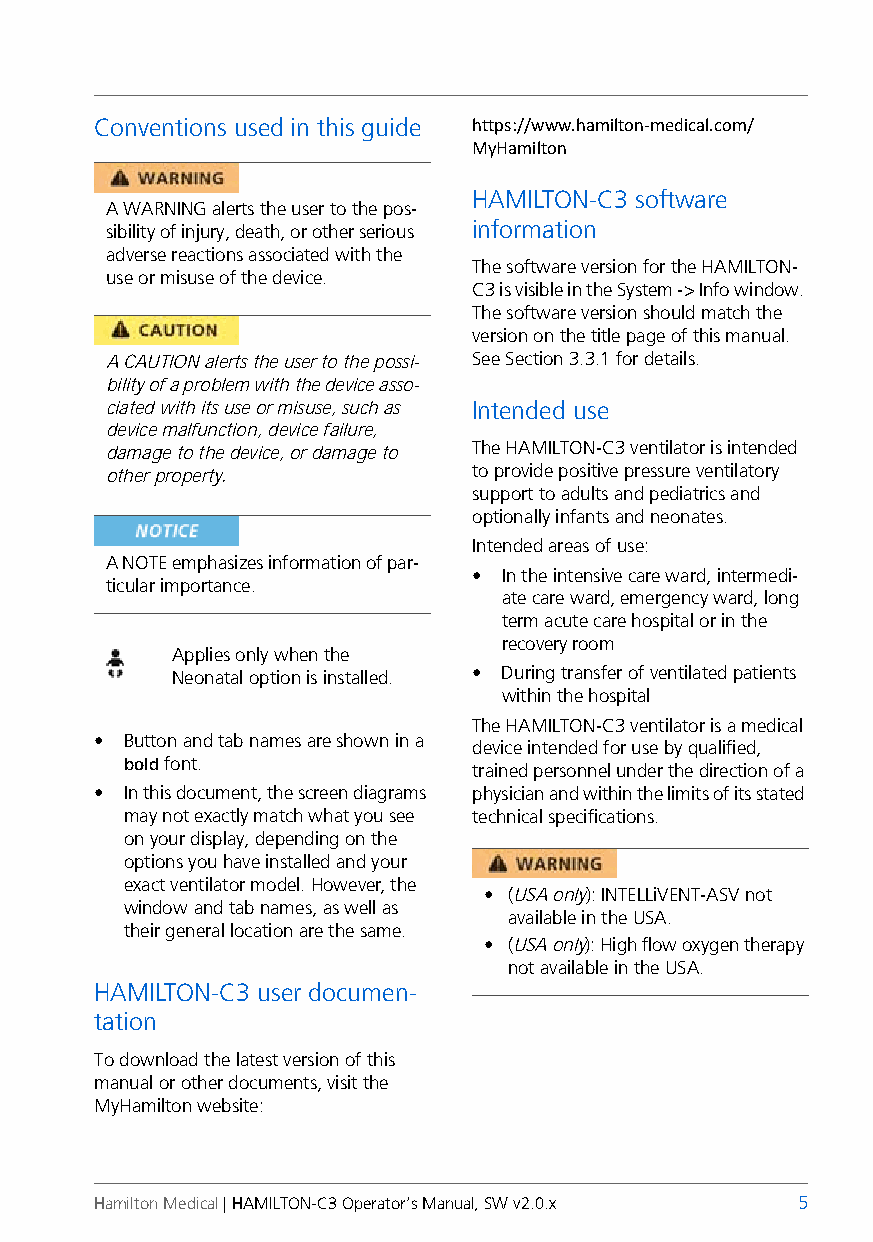
Preface
 Conventions used in this guide https://www.hamilton-medical.com/
 MyHamilton
 HAMILTON-C3 software
 A WARNING alerts the user to the pos-
 sibility of injury, death, or other serious information
 adverse reactions associated with the
 The software version for the HAMILTON-
 use or misuse of the device.
 C3 is visible in the System -> Info window.
 The software version should match the
 version on the title page of this manual.
 A CAUTION alerts the user to the possi- See Section 3.3.1 for details.
 bility of a problem with the device asso-
 ciated with its use or misuse, such as Intended use
 device malfunction, device failure,
 damage to the device, or damage to The HAMILTON-C3 ventilator is intended
 other property.         to provide positive pressure ventilatory
 support to adults and pediatrics and
 optionally infants and neonates.
 Intended areas of use:
 A NOTE emphasizes information of par-
 • In the intensive care ward, intermedi-
 ticular importance.
 ate care ward, emergency ward, long
 term acute care hospital or in the
 recovery room
 Applies only when the
 Neonatal option is installed. • During transfer of ventilated patients
 within the hospital
 The HAMILTON-C3 ventilator is a medical
 • Button and tab names are shown in a
 device intended for use by qualified,
 bold font.             trained personnel under the direction of a
 • In this document, the screen diagrams physician and within the limits of its stated
 may not exactly match what you see technical specifications.
 on your display, depending on the
 options you have installed and your
 exact ventilator model. However, the
 • (USA only): INTELLiVENT-ASV not
 window and tab names, as well as
 available in the USA.
 their general location are the same.
 • (USA only): High flow oxygen therapy
 not available in the USA.
 HAMILTON-C3 user documen-
 tation
 To download the latest version of this
 manual or other documents, visit the
 MyHamilton website:
 Hamilton Medical | HAMILTON-C3 Operator’s Manual, SW v2.0.x 5